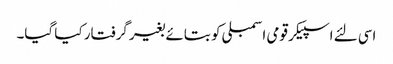
اسی لئے اسپیکر قومی اسمبلی کو بتائے بغیر گرفتار کیا گیا۔